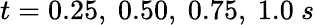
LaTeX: t=0.25,\ 0.50,\ 0.75,\ 1.0\ s